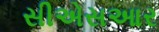
સીએસઆર